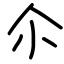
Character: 尒